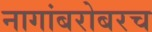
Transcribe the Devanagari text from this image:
नागांबरोबरच